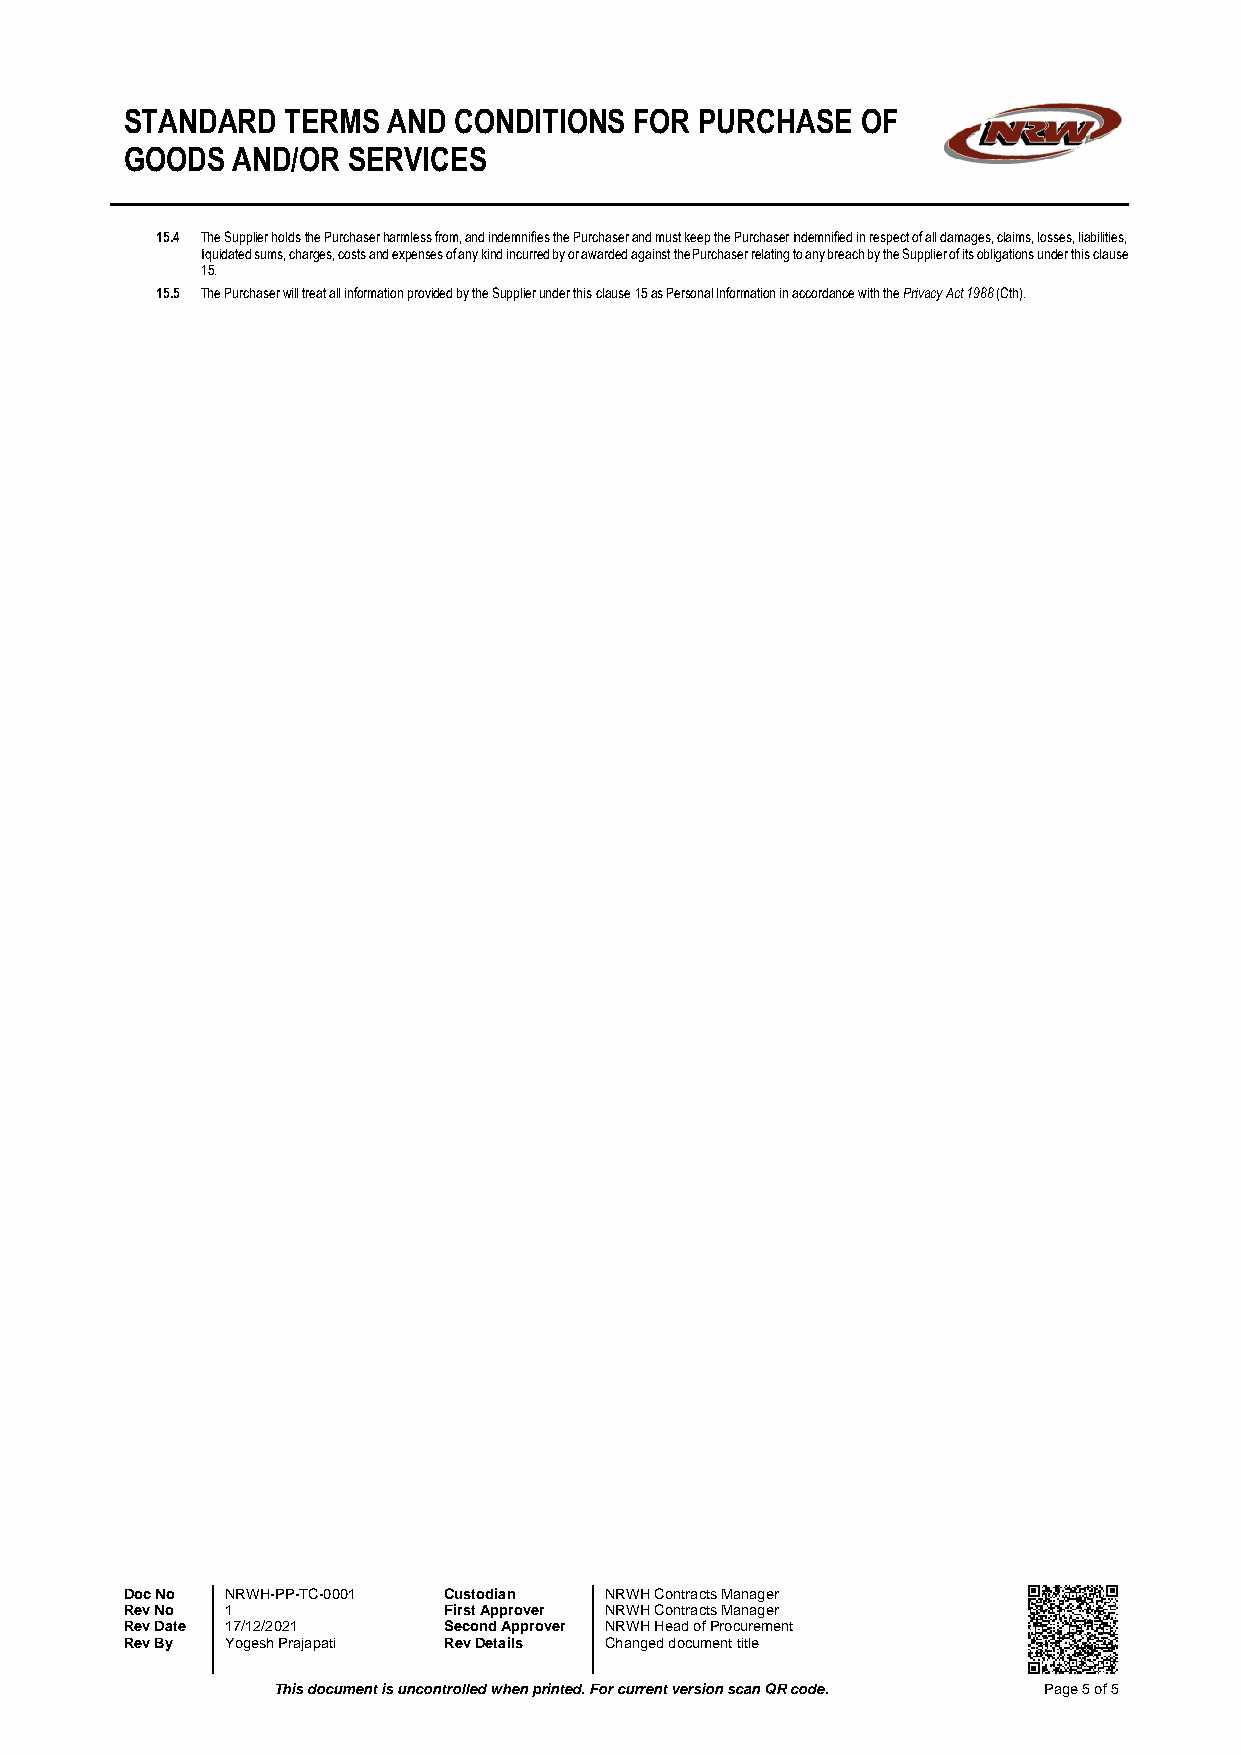
STANDARD   TERMS  AND CONDITIONS  FOR PURCHASE   OF
 GOODS  AND/OR  SERVICES
 15.4 The Supplier holds the Purchaser harmless from, and indemnifies the Purchaser and must keep the Purchaser indemnified in respect of all damages, claims, losses, liabilities,
 liquidated sums, charges, costs and expenses of any kind incurred by or awarded against the Purchaser relating to any breach by the Supplier of its obligations under this clause
 15.
 15.5 The Purchaser will treat all information provided by the Supplier under this clause 15 as Personal Information in accordance with the Privacy Act 1988 (Cth).
 Doc No NRWH-PP-TC-0001 Custodian NRWH Contracts Manager
 Rev No 1             First Approver NRWH Contracts Manager
 Rev Date 17/12/2021  Second Approver NRWH Head of Procurement
 Rev By Yogesh Prajapati Rev Details Changed document title
 This document is uncontrolled when printed. For current version scan QR code. Page 5 of 5